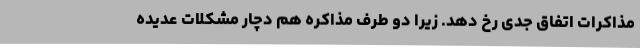
مذاکرات اتفاق جدی رخ دهد. زیرا دو طرف مذاکره هم دچار مشکلات عدیده